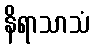
နိရာသာသံ